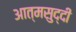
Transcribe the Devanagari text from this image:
आत्मसुद्दी